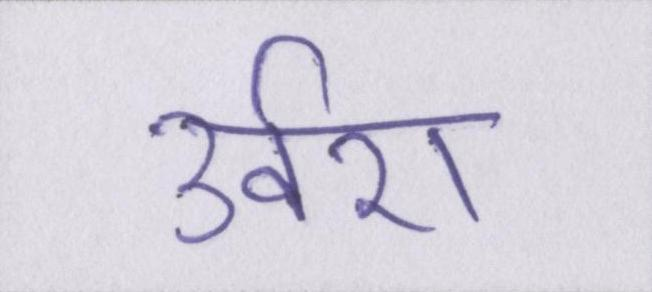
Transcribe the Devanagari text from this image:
उर्वरा